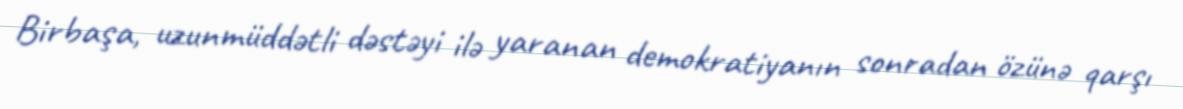
Birbaşa, uzunmüddətli dəstəyi ilə yaranan demokratiyanın sonradan özünə qarşı